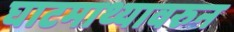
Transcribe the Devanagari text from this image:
घाटमाथ्यावरुन